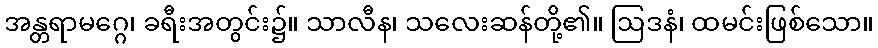
အန္တရာမဂ္ဂေ၊ ခရီးအတွင်း၌။ သာလီန၊ သလေးဆန်တို့၏။ ဩဒနံ၊ ထမင်းဖြစ်သော။